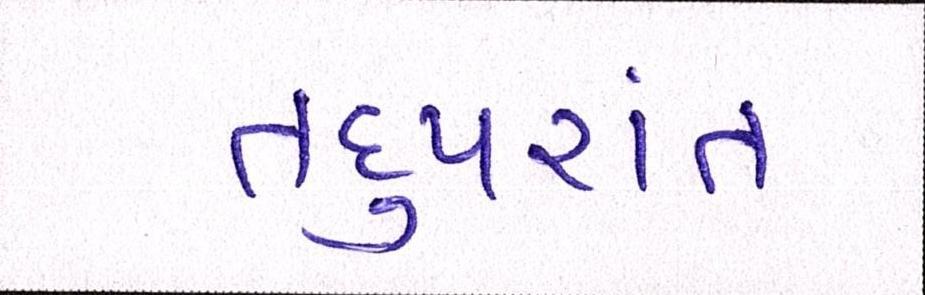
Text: તદુપરાંત